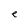
Character: e